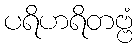
ပရိဟရိတဗ္ဗံ